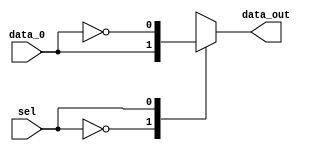
module mux_opt_branch (
    input wire  sel,
    input wire  data_0, // from flag option
    output reg data_out

);
    always @(*) begin
        case (sel)
            1'd0: data_out = data_0;
            1'd1: data_out = ~data_0;
            default: data_out = data_0;
        endcase 
    end 

endmodule